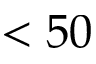
< 5 0